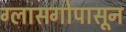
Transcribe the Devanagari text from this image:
ग्लासगोपासून